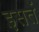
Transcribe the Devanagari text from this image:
इसतें